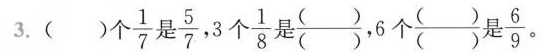
3.（ ）个\frac{1}{7}是\frac{5}{7},3个\frac{1}{8}是\frac{()}{()},6个\frac{()}{()}是\frac{6}{9}。